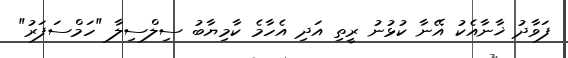
ފަވާދު ޚާނާއެކު އޭނާ ކުޅުނު ރީތި އަދި އެހާމެ ކާމިޔާބު ސިލްސިލާ "ހަމްސަފަރު"